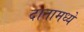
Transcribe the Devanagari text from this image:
दातामध्ये